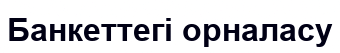
Банкеттегі орналасу